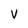
Character: V